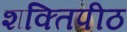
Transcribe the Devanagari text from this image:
शक्‍तिपीठ